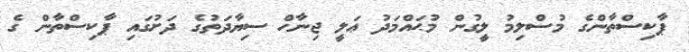
ޕާކިސްތާންގެ މުސްލިމު ލީގުން މުޙައްމަދު ޢަލީ ޖިނާހް ސިޔާދަތުގެ ދަށުގައި ޕާކިސްތާން ގެ